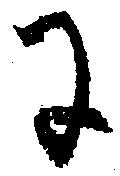
に